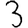
Digit: 3